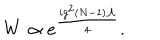
W \propto e ^ { \frac { i g ^ { 2 } ( N - 1 ) { \cal A } } { 4 } } .